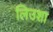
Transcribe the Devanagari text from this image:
लिउशा